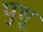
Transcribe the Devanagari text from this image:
पुधू